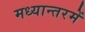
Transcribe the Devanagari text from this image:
मध्यान्तरमें